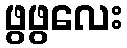
ဖွဖွလေး